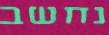
נחשב